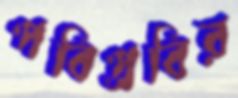
পবিপ্রবির